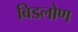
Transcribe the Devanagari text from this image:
बिडलोण